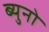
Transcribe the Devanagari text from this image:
ब्युनो